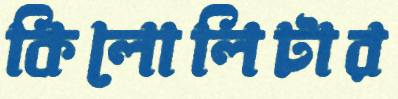
কিলোলিটার